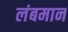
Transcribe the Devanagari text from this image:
लंबमान